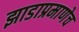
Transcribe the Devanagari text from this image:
झाडाप्रमाणेच